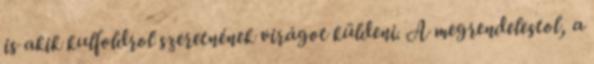
is akik kulfoldrol szeretnének virágot küldeni. A megrendelestol, a